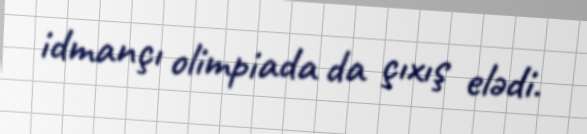
idmançı olimpiada da çıxış elədi.